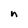
Character: n